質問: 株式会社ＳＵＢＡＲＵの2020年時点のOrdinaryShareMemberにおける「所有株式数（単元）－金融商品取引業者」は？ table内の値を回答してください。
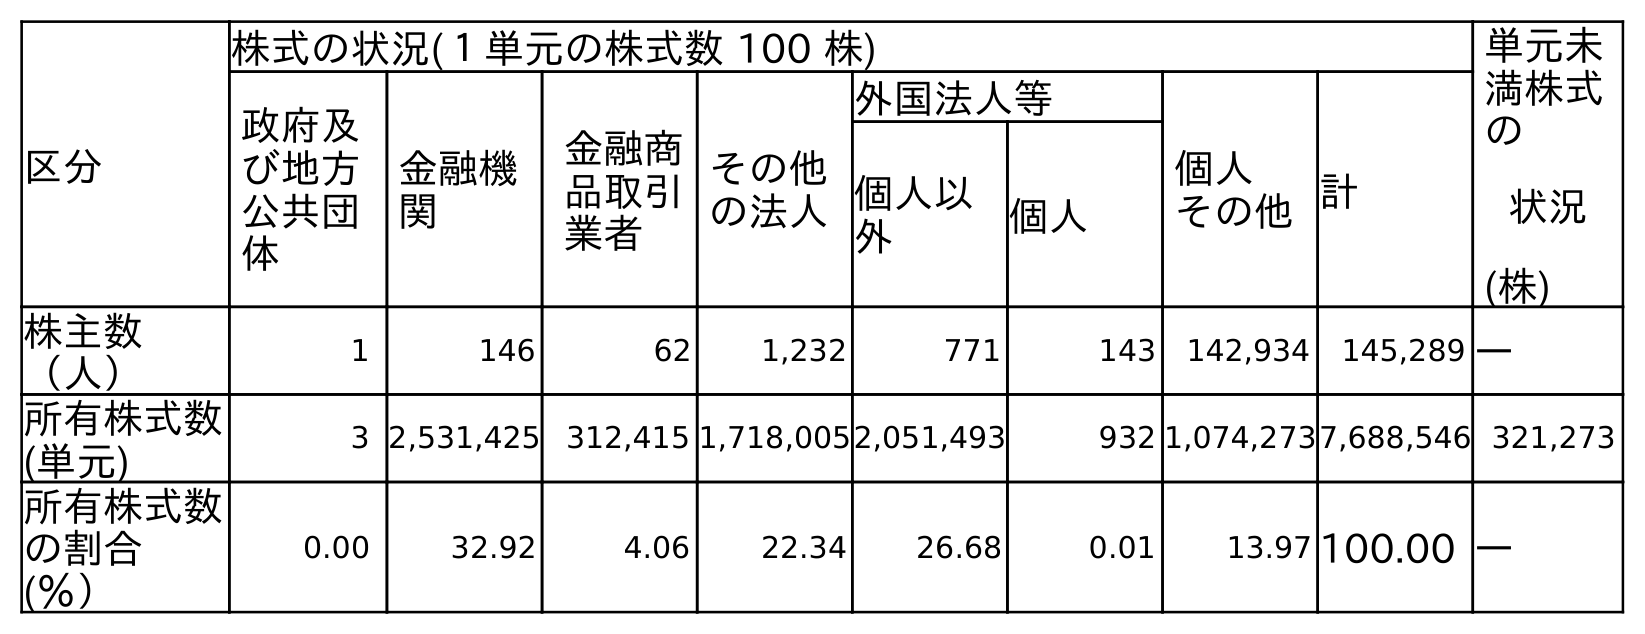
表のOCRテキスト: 区分 株式の状況(１単元の株式数 100 株) 単元未 満株式 の 状況 (株) 政府及 び地方 公共団 体 金融機 関 金融商 品取引 業者 その他 の法人 外国法人等 個人 その他計 個人以 外 個人 株主数 （人） 1 146 62 1,232 771 143 142,934 145,289 ― 所有株式数 (単元) 3 2,531,425 312,415 1,718,0052,051,493 932 1,074,2737,688,546 321,273 所有株式数 の割合 (％） 0.00 32.92 4.06 22.34 26.68 0.01 13.97 100.00 ―
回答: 312,415